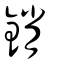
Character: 銷